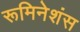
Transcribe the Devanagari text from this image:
रूमिनेशंस